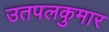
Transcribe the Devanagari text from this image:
उतपलकुमार